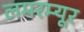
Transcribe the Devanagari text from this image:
लमरम्यूर